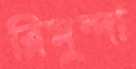
ব্লিমুন্দা